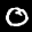
Label: 0